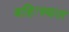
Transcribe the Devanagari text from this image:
बहिःस्थल